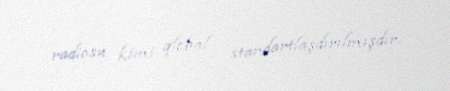
radiosu kimi qlobal standartlaşdırılmışdır.